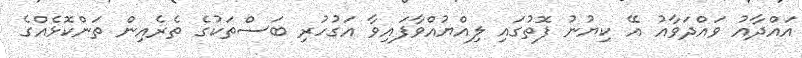
އައްދާއު ވައްދަވާއު އޭ ކިޔުނު ފޮތުގައި ލިއްޔުއްވާފައިވާ އަގުހުރި ބަސްތަކުގެ ތެރެއިން ތަންކޮޅެއްގެ